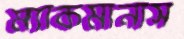
ম্যাকমানাস